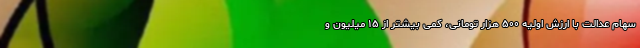
سهام عدالت با ارزش اولیه ۵۰۰ هزار تومانی، کمی بیشتر از ۱۵ میلیون و